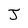
Character: J